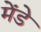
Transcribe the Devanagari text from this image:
मेंडे